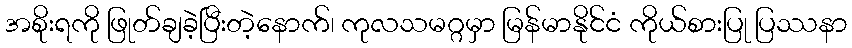
အစိုးရကို ဖြုတ်ချခဲ့ပြီးတဲ့နောက်၊ ကုလသမဂ္ဂမှာ မြန်မာနိုင်ငံ ကိုယ်စားပြု ပြဿနာ